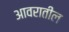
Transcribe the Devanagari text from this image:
आवरातील